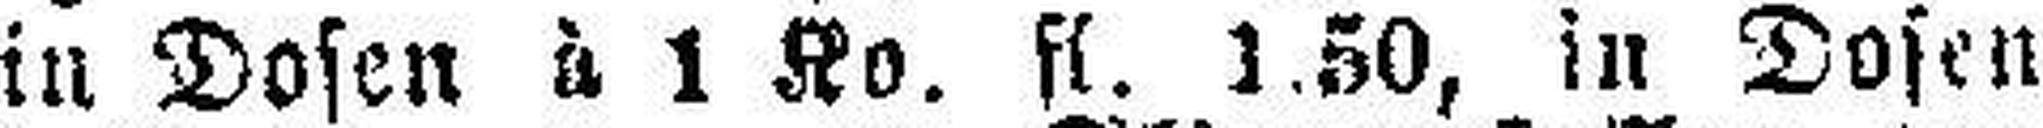
in Dosen à 1 Ko. fl. 1.50, in Dosen